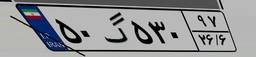
۵۰گ۵۳۰۹۷